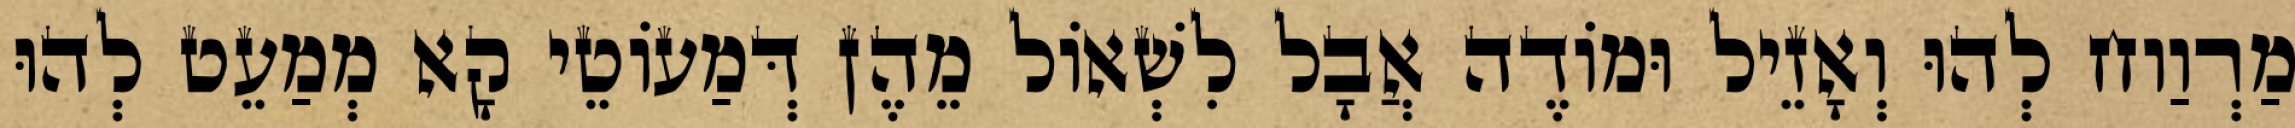
מַרְוַוח לְהוּ וְאָזֵיל וּמוֹדֶה אֲבָל לִשְׁאוֹל מֵהֶן דְּמַעוֹטֵי קָא מְמַעֵט לְהוּ